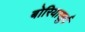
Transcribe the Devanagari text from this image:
बोरियाखुर्द